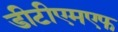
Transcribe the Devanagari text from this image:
डीटीएमएफ